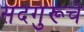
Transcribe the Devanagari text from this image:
सदगुरूचे